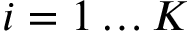
i = 1 \dots K